Indian journal of veterinary science and animal husbandry - Volume 4,
Year: 1934
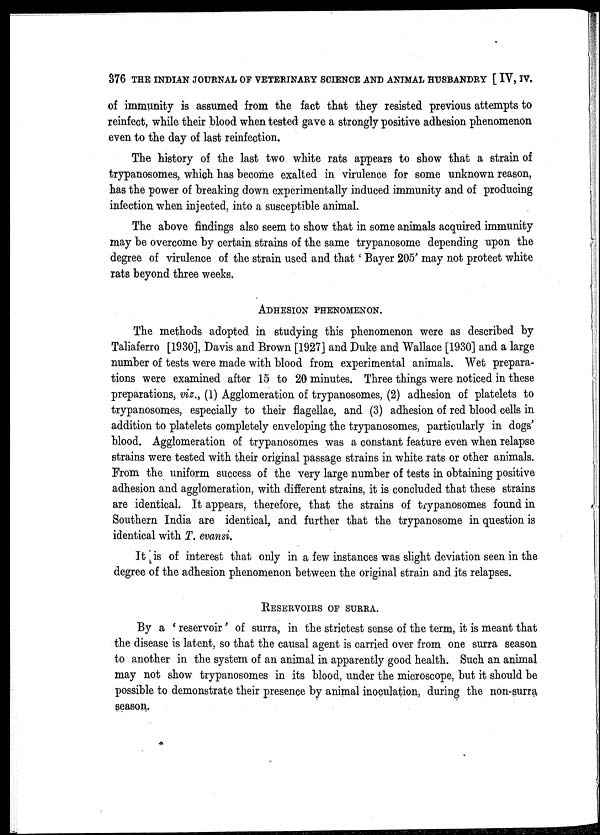
376 THE INDIAN JOURNAL OF VETERINARY SCIENCE AND ANIMAL HUSBANDRY [ IV, IV.
of immunity is assumed from the fact that they resisted previous attempts to
reinfect, while their blood when tested gave a strongly positive adhesion phenomenon
even to the day of last reinfection.
The history of the last two white rats appears to show that a strain of
trypanosomes, which has become exalted in virulence for some unknown reason,
has the power of breaking down experimentally induced immunity and of producing
infection when injected, into a susceptible animal.
The above findings also seem to show that in some animals acquired immunity
may be overcome by certain strains of the same trypanosome depending upon the
degree of virulence of the strain used and that ' Bayer 205' may not protect white
rats beyond three weeks.
ADHESION PHENOMENON.
The methods adopted in studying this phenomenon were as described by
Taliaferro [1930], Davis and Brown [1927] and Duke and Wallace [1930] and a large
number of tests were made with blood from experimental animals. Wet prepara-
tions were examined after 15 to 20 minutes. Three things were noticed in these
preparations, viz., (1) Agglomeration of trypanosomes, (2) adhesion of platelets to
trypanosomes, especially to their flagellae, and (3) adhesion of red blood cells in
addition to platelets completely enveloping the trypanosomes, particularly in dogs'
blood. Agglomeration of trypanosomes was a constant feature even when relapse
strains were tested with their original passage strains in white rats or other animals.
From the uniform success of the very large number of tests in obtaining positive
adhesion and agglomeration, with different strains, it is concluded that these strains
are identical. It appears, therefore, that the strains of trypanosomes found in
Southern India are identical, and further that the trypanosome in question is
identical with T. evansi.
It is of interest that only in a few instances was slight deviation seen in the
degree of the adhesion phenomenon between the original strain and its relapses.
RESERVOIRS OF SURRA.
By a ' reservoir' of surra, in the strictest sense of the term, it is meant that
the disease is latent, so that the causal agent is carried over from one surra season
to another in the system of an animal in apparently good health. Such an animal
may not show trypanosomes in its blood, under the microscope, but it should be
possible to demonstrate their presence by animal inoculation, during the non-surra
season.